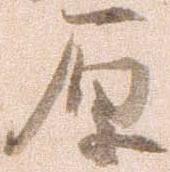
原